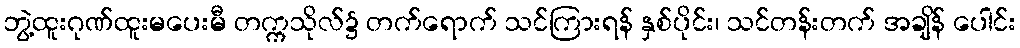
ဘွဲ့ထူးဂုဏ်ထူးမပေးမီ တက္ကသိုလ်၌ တက်ရောက် သင်ကြားရန် နှစ်ပိုင်း၊ သင်တန်းတက် အချိန် ပေါင်း